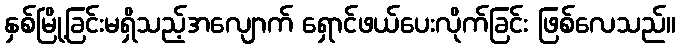
နှစ်မြို့ခြင်းမရှိသည့်အလျောက် ရှောင်ဖယ်ပေးလိုက်ခြင်း ဖြစ်လေသည်။